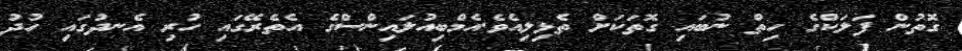
ގޮތުން ފަލަކްގެ ހިތް ނުބައި ގޮތަކަށް ތެޅިލިއެވެ.އެމްބިއުލައިންސްގެ އެތެރޭގައި ހުރި އެނދުގައި ހުދު